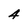
Character: 4